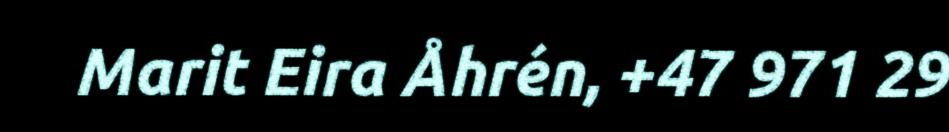
Marit Eira Åhrén, +47 971 29